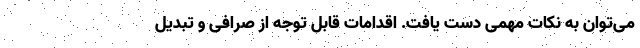
می‌توان به نکات مهمی دست یافت. اقدامات قابل توجه از صرافی و تبدیل